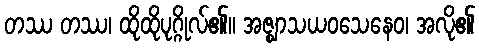
တဿ တဿ၊ ထိုထိုပုဂ္ဂိုလ်၏။ အဇ္ဈာသယဝသေနေဝ၊ အလို၏